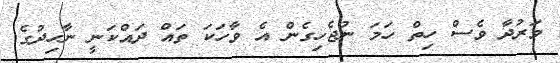
ވަރުދާ ވެސް ހިތް ހަމަ ނުޖެހިގެން އެ ވާހަކަ ތައް ދައްކަނީ ނާހިދުގެ